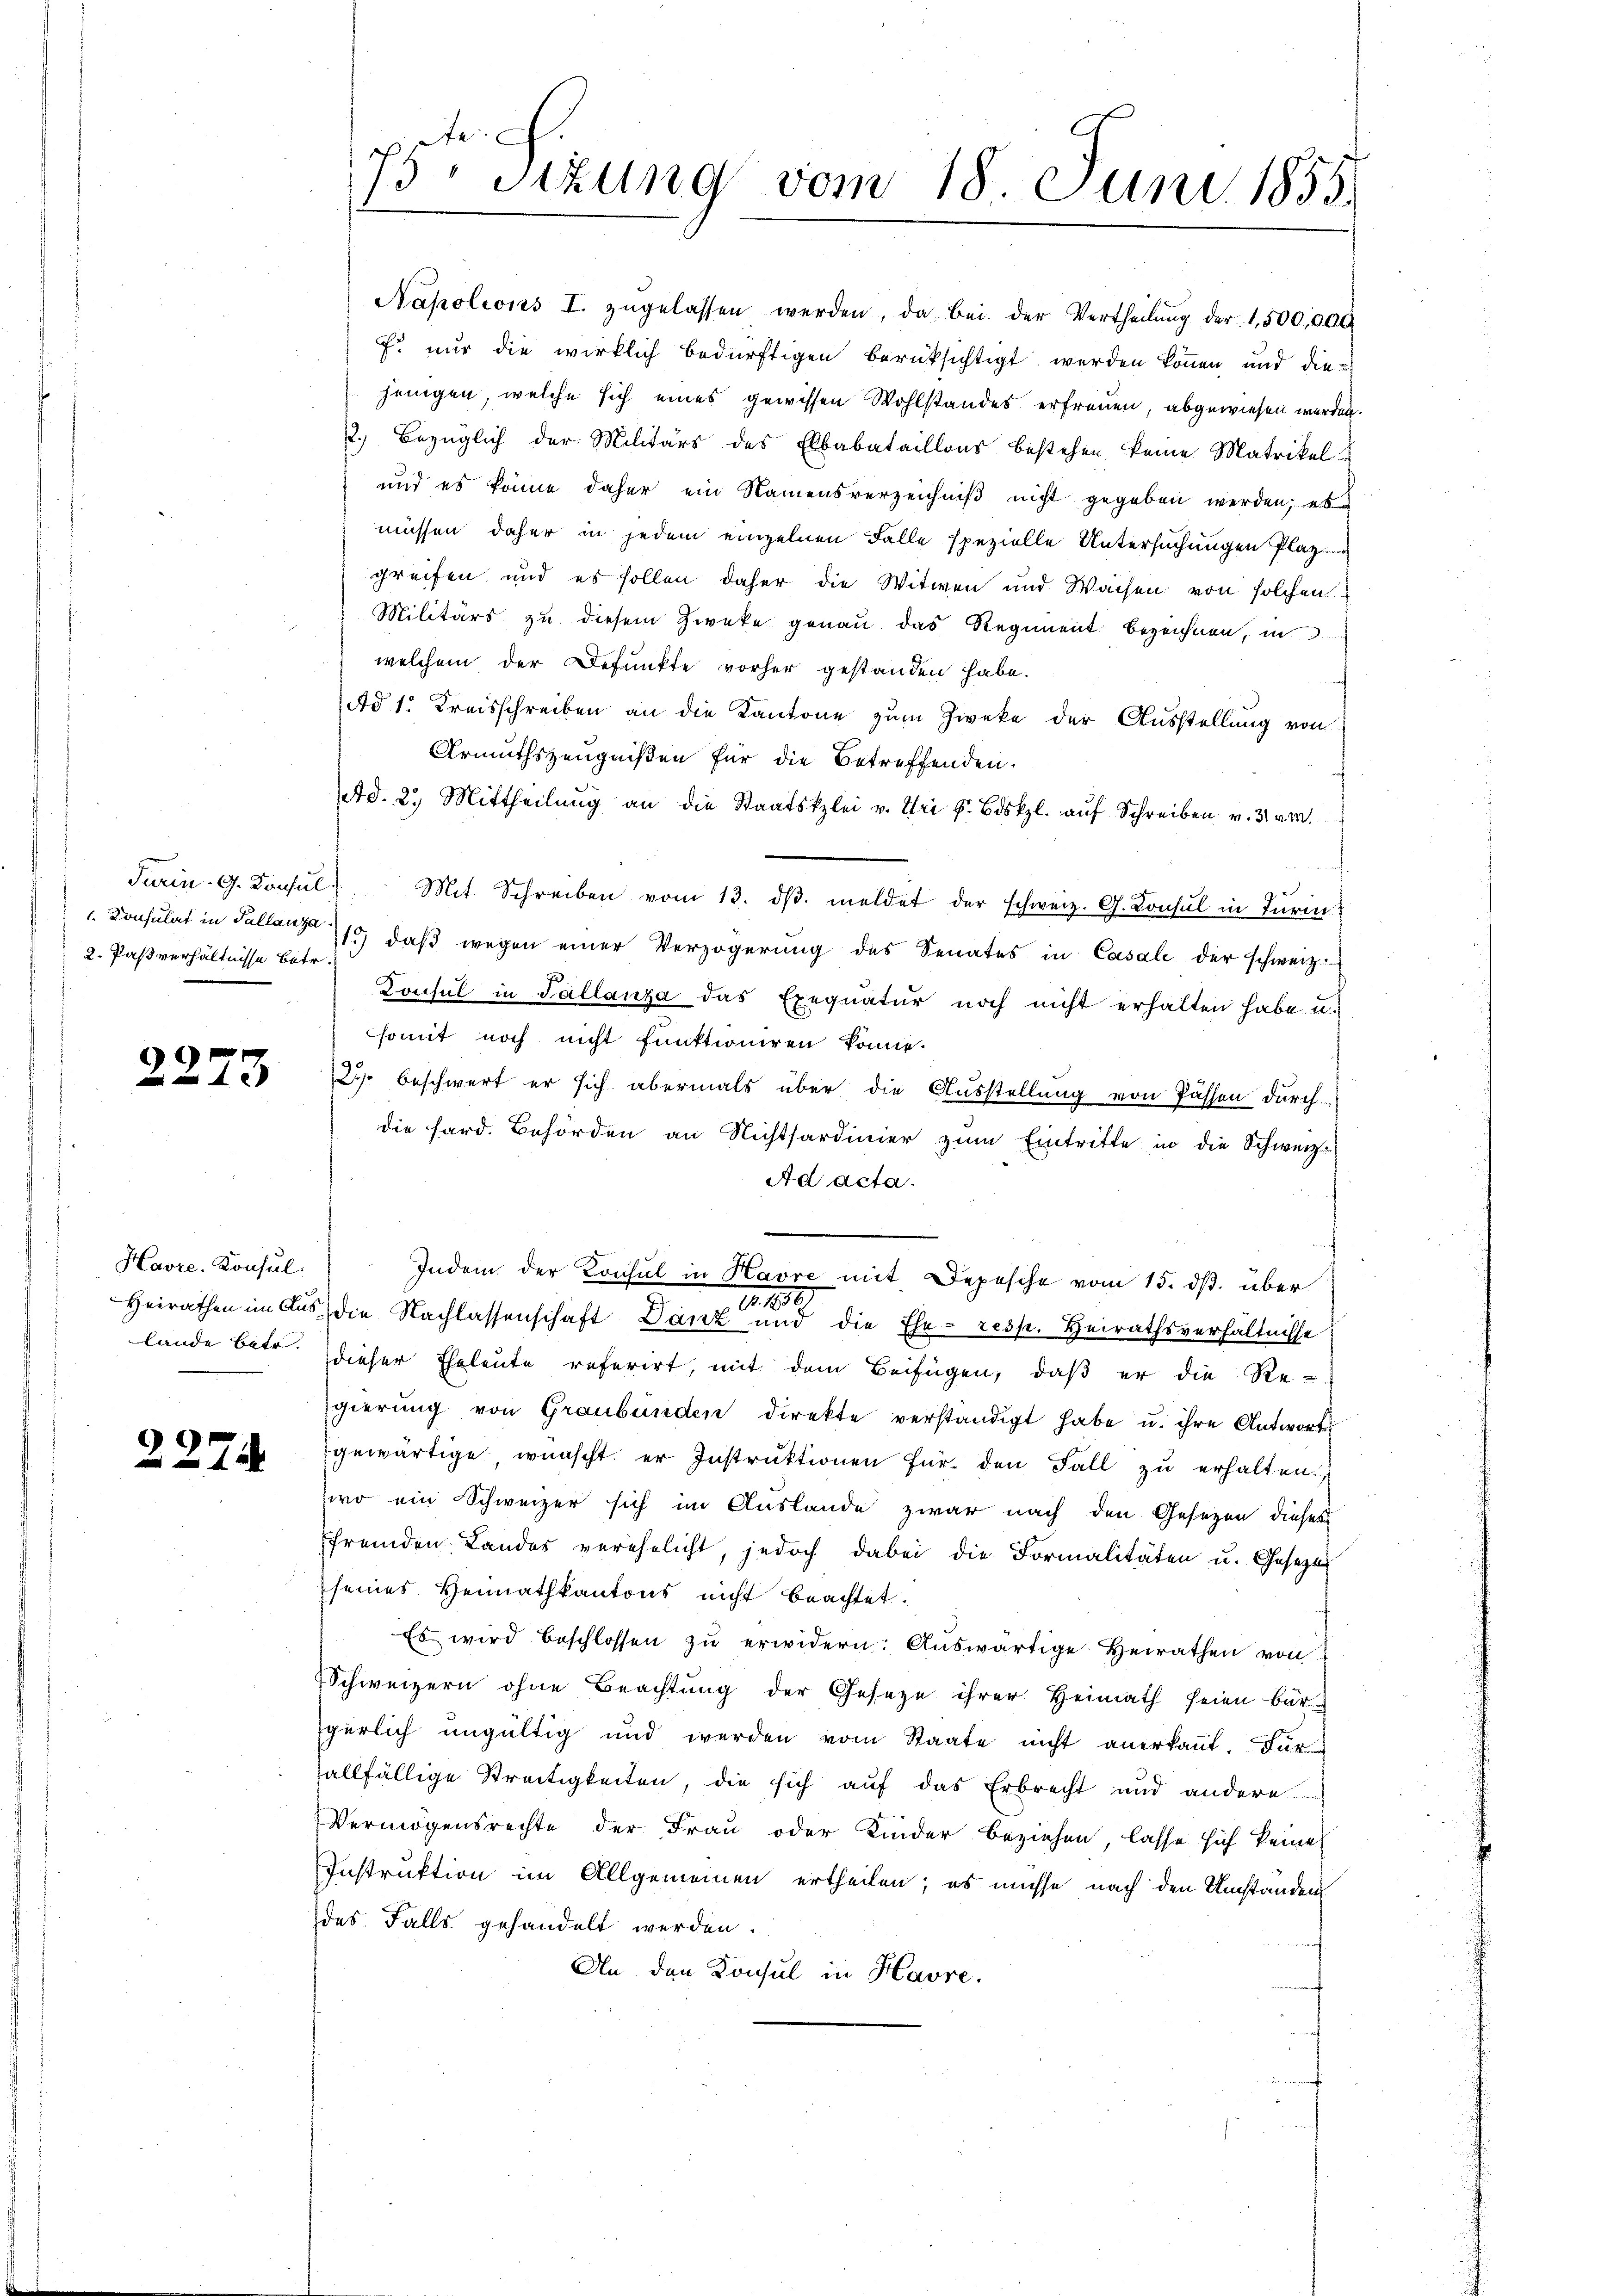
2. Pastverhältnisse betr.

6

Havre, Konsul

2274

Ad 1. Kreisschreiben an die Kantone zum Zweke der Ausstellung von
Urmuthszeugnißen für die Betreffenden.
d. 2. Mittheilung an die Staatskzlei v. Uri s. Biskzl. auf Schreiben v. 31 am
Turin. G. Konsŭl. Mit Schreiben vom 13. dβ. meldet der schweiz. G. Consul in Turin
". Consulat in Pallanze 15 daß wegen einer Verzögerung des Senates in Casale der schweiz.
Konsul in Tallanza das Exequatur noch nicht erhalten habe u.
somit noch nicht funktioniren könne.
2 beschwert er sich abermals über die Ausstellung von Passen durch
die hard. Behörden an Nichtsardinier zum Eintritte in die Schweiz.
Ad acta.
Indem der Konsul in Havre mit Depesche vom 15. ds. über
30
c
Heirathen im Aus die Nachlassenschaft Danz und die Ehe- resp. Heirathsverhältnisse
lande betr. dieser Eheleute referirt, mit dem Beifügen, daß er die Re-
gierŭng von Graubünden direkte verständigt habe u. ihre Antwort
gewärtige wünscht er Instruktionen für den Fall zu erhalten.
wo ein Schweizer sich im Auslande zwar nach den Gesetzen dieses
fremden Landes verehelicht, jedoch dabei die Formalitäten u. Gesetze
seines Heimatkantons nicht beachtet.
Es wird beschlossen zŭ erwidern: Aŭswärtige Heirathen von
Schweizern ohne Beachtung der Gesetze ihrer Heimath seien bür-
gürlich ungültig und werden vom Staate nicht anerkannt. Für
allfällige Streitigkeiten, die sich auf das Erbrecht und andere
Vermögensrechte der Frau oder Kinder beziehen, lasse sich keine
Instruktion im Allgemeinen ertheilen; es müsse nach den Umstanden
des Falls gehandelt werden.
An den Konsul in Havre,

x
75 Sizung vom 18. Juni 1855.

Napolions I. zugelassen werden, da bei der Vertheilŭng der 1,500,000
F. nur die wirklich bedürftigen berüksichtigt werden können und die
jenigen, welche sich eines gewissen Wohlstandes erfreuen, abgewiesen werden.
2.) Bezüglich der Militärs des Elbabataillons bestehen keine Matrikel
und es könne daher ein Namensverzeichniß nicht gegeben werden; es
müssen daher in jedem einzelnen Falle spezielle Untersuchungen Platz
greifen und es sollen daher die Witwen und Waisen von solchen
Militärs zu diesem Zwecke genau das Regiment bezeichnen, in
welchem der Befunkte vorher gestanden habe.